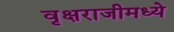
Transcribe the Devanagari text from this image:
वृक्षराजीमध्ये